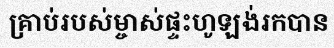
គ្រាប់របស់ម្ចាស់ផ្ទះហូឡង់រកបាន